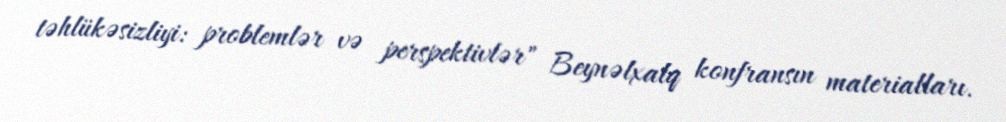
təhlükəsizliyi: problemlər və perspektivlər" Beynəlxalq konfransın materialları.